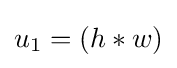
u_{1}=(h*w)